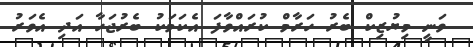
ވަނީ މިޔުޒިކް ބެރު ހަރާމް ކުރައްވާފަ އެކަމަކު ބެރުޖަހާ އަދި އެވަރު